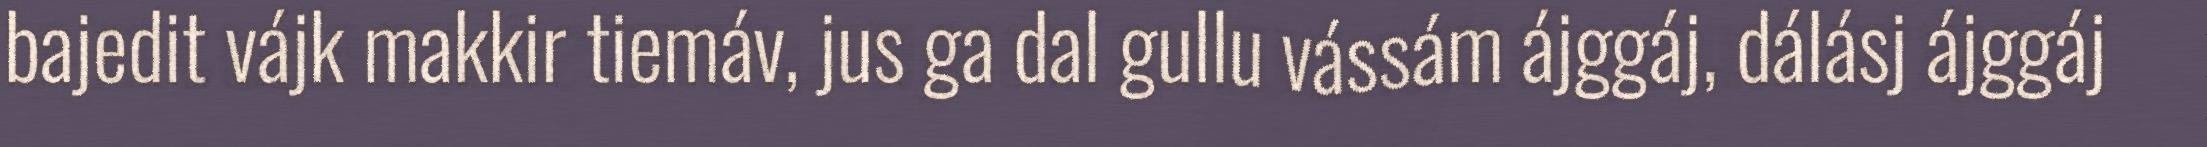
bajedit vájk makkir tiemáv, jus ga dal gullu vássám ájggáj, dálásj ájggáj